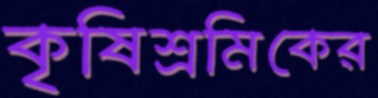
কৃষিশ্রমিকের